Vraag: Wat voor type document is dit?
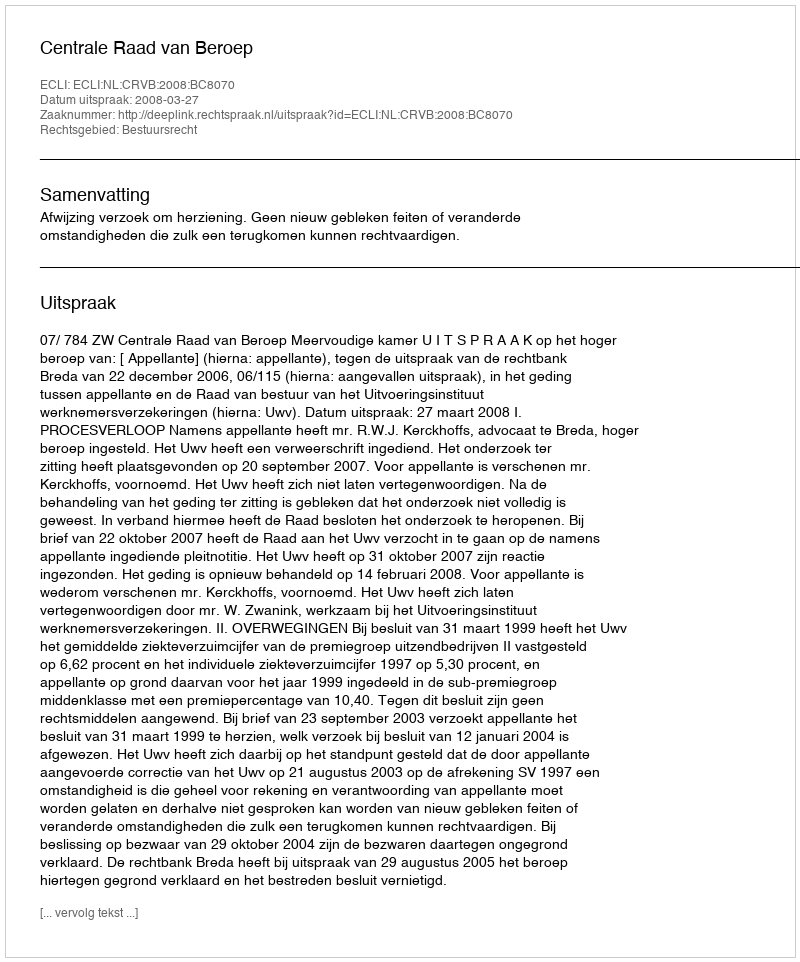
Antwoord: Uitspraak